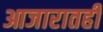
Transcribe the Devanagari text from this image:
आजारातही